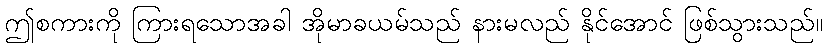
ဤစကားကို ကြားရသောအခါ အိုမာခယမ်သည် နားမလည် နိုင်အောင် ဖြစ်သွားသည်။